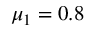
\mu _ { 1 } = 0 . 8